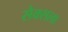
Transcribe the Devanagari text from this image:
सेक्सला